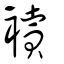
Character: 襩